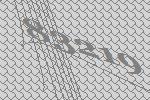
83219